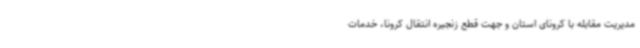
مدیریت مقابله با کرونای استان و جهت قطع زنجیره انتقال کرونا، خدمات